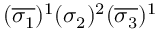
( \overline { { \sigma _ { 1 } } } ) ^ { 1 } ( \sigma _ { 2 } ) ^ { 2 } ( \overline { { \sigma _ { 3 } } } ) ^ { 1 }